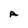
Character: A